Indian journal of veterinary science and animal husbandry - Volume 3,
Year: 1933
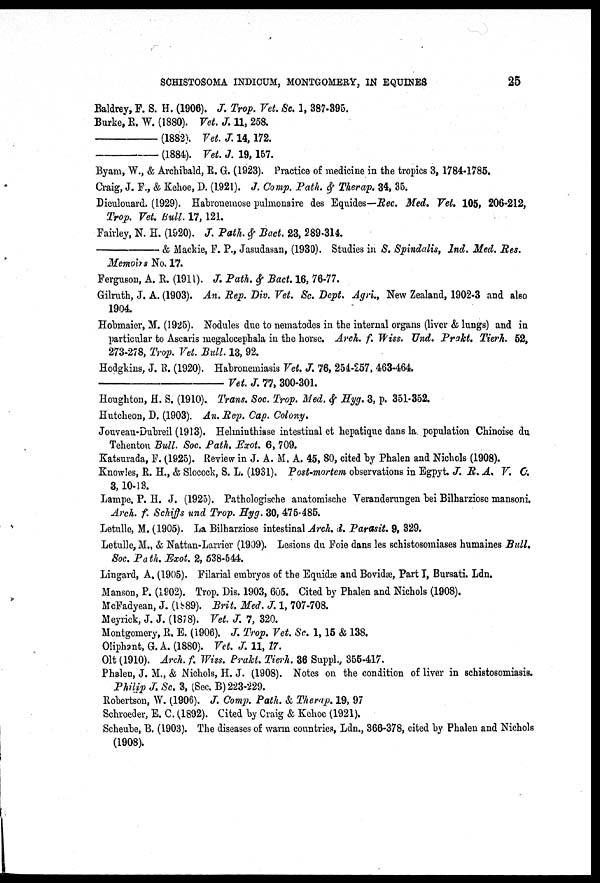
SCHISTOSOMA INDICUM, MONTGOMERY, IN EQUINES
25
Baldrey, F. S. H. (1906). J. Trop. Vet. Sc. 1, 387-395.
Burke, R. W. (1880). Vet. J. 11, 258.
—
(1882). Vet. J. 14, 172.
—
(1884). Vet. J. 19,157.
Byam, W., & Archibald, R. G. (1923). Practice of medicine in the tropics 3, 1784-1785.
Craig, J. F., & Kehoe, D. (1921). J. Comp. Path. & Therap. 34, 35.
Dieulouard. (1.929). Habronemose pulmonaire des Equides—Rec. Med. Vet. 105, 206-212,
Trop. Vet. Bull. 17, 121.
Fairley, N. H. (1920). J. Path. & Bact. 23, 289-314.
—
& Mackie, F. P., Jasudasan, (1930). Studies in S. Spindalis, Ind. Med. Res.
Memoirs No. 17.
Ferguson, A. R. (1911). J. Path. & Bact. 16, 76-77.
Gilruth, J. A. (1903). An. Rep. Div. Vet. Sc. Dept. Agri., New Zealand, 1902-3 and also
1904.
Hobmaier, M. (1925). Nodules due to nematodes in the internal organs (liver & lungs) and in
particular to Ascaris megalocephala in the horse. Arch. f. Wiss. Und. Prakt. Tierh. 52,
273-278, Trop. Vet. Bull. 13, 92.
Hodgkins, J. R. (1920). Habronemiasis Vet. J. 76, 254-257, 463-464.
—
Vet.
J. 77, 300-301.
Houghton, H. S. (1910). Trans. Soc. Trop. Med. & Hyg. 3, p. 351-352.
Hutcheon, D. (1903). An. Rep. Cap. Colony.
Jouveau-Dubreil (1913). Helminthiase intestinal et hepatique dans la population Chinoise du
Tehenton Bull. Soc. Path. Exot. 6, 709.
Katsurada, P. (1925). Review in J. A. M. A. 45, 80, cited by Phalen and Nichols (1908).
Knowles, R. H., & Slocock, S. L. (1931). Post-mortem observations in Egpyt. J. R. A. V. O.
3,10-13.
Lampe. P. H. J. (1925). Pathologische anatomische Veranderungen bei Bilharziose mansoni.
Arch. f. Schiffs und Trop. Hyg. 30, 475-485.
Letulle, M. (1905). La Bilharziose intestinal Arch. d. Parasit. 9, 329.
Letulle, M., & Nattan-Larrier (1909). Lesions du Foie dans les schistosomiases humaines Bull.
Soc. Path. Exot. 2, 538-544.
Lingard, A. (1905). Filarial embryos of the Equidæ and Bovidæ, Part I, Bursati. Ldn.
Manson, P. (1902). Trop. Dis. 1903, 605. Cited by Phalen and Nichols (1908).
McFadyean, J. (1889). Brit. Med. J. 1, 707-708.
Meyrick, J. J. (1878). Vet. J. 7, 320.
Montgomery, R. E. (1906). J. Trop. Vet. Sc. 1,15 & 138.
Oliphant, G. A. (1880). Vet. J. 11, 17.
Olt (1910). Arch. f. Wiss. Prakt. Tierh. 36 Suppl., 355-417.
Phalen, J. M., & Nichols, H. J. (1908). Notes on the condition of liver in schistosomiasis.
Philip J. Sc. 3, (Sec. B) 223-229.
Robertson, W. (1906). J. Comp. Path. & Therap. 19, 97
Schroeder, E. C. (1892). Cited by Craig & Kehoe (1921).
Scheube, B. (1903). The diseases of warm countries, Ldn., 366-378, cited by Phalen and Nichols
(1908).